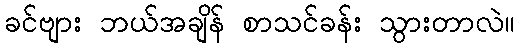
ခင်ဗျား ဘယ်အချိန် စာသင်ခန်း သွားတာလဲ။